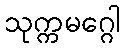
သုက္ကမဂ္ဂေါ